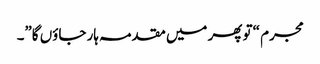
مجرم “تو پھر میں مقدمہ ہار جاؤں گا”۔